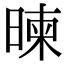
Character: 暕